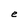
Character: e